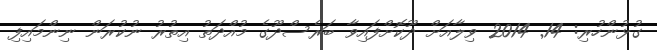
ގުޅުންހުރި: 14